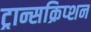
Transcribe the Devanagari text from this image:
ट्रान्सक्रिप्शन